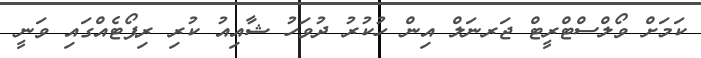
ކަމަށް ވޯލްސްޓްރީޓް ޖަރނަލް އިން ހުކުރު ދުވަހު ޝާއިއު ކުރި ރިޕޯޓެއްގައި ވަނީ